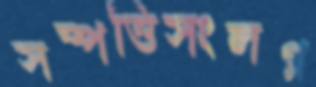
সম্পত্তিসংলগ্ন